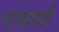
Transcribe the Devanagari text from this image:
राजावर्तं